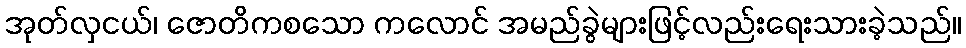
အုတ်လှငယ်၊ ဇောတိကစသော ကလောင် အမည်ခွဲများဖြင့်လည်းရေးသားခဲ့သည်။